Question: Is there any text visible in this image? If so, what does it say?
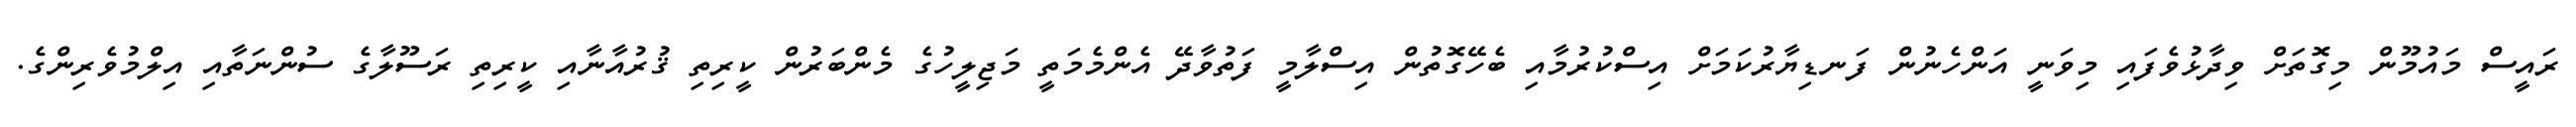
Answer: ރައީސް މައުމޫން މިގޮތަށް ވިދާޅުވެފައި މިވަނީ އަންހެނުން ފަނޑިޔާރުކަމަށް އިސްކުރުމާއި ބެހޭގޮތުން އިސްލާމީ ފަތުވާދޭ އެންމެމަތީ މަޖިލީހުގެ މެންބަރުން ކީރިތި ޤުރުއާނާއި ކީރިތި ރަސޫލާގެ ސުންނަތާއި އިލްމުވެރިންގެ.